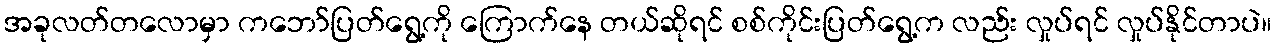
အခုလတ်တလောမှာ ကဘော်ပြတ်ရွေ့ကို ကြောက်နေ တယ်ဆိုရင် စစ်ကိုင်းပြတ်ရွေ့က လည်း လှုပ်ရင် လှုပ်နိုင်တာပဲ။